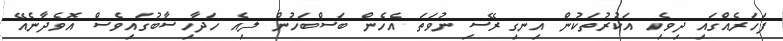
ފަހަރެއްގައި ދިވެހި އަކުރުތަކުން އިނގިރޭސި ނުވަތަ އެހެން ބަސްބަހުން ލިއެ ހަދާހިސާބުގައިވެސް އޮވެދާނެއޭ